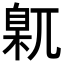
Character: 𡰈